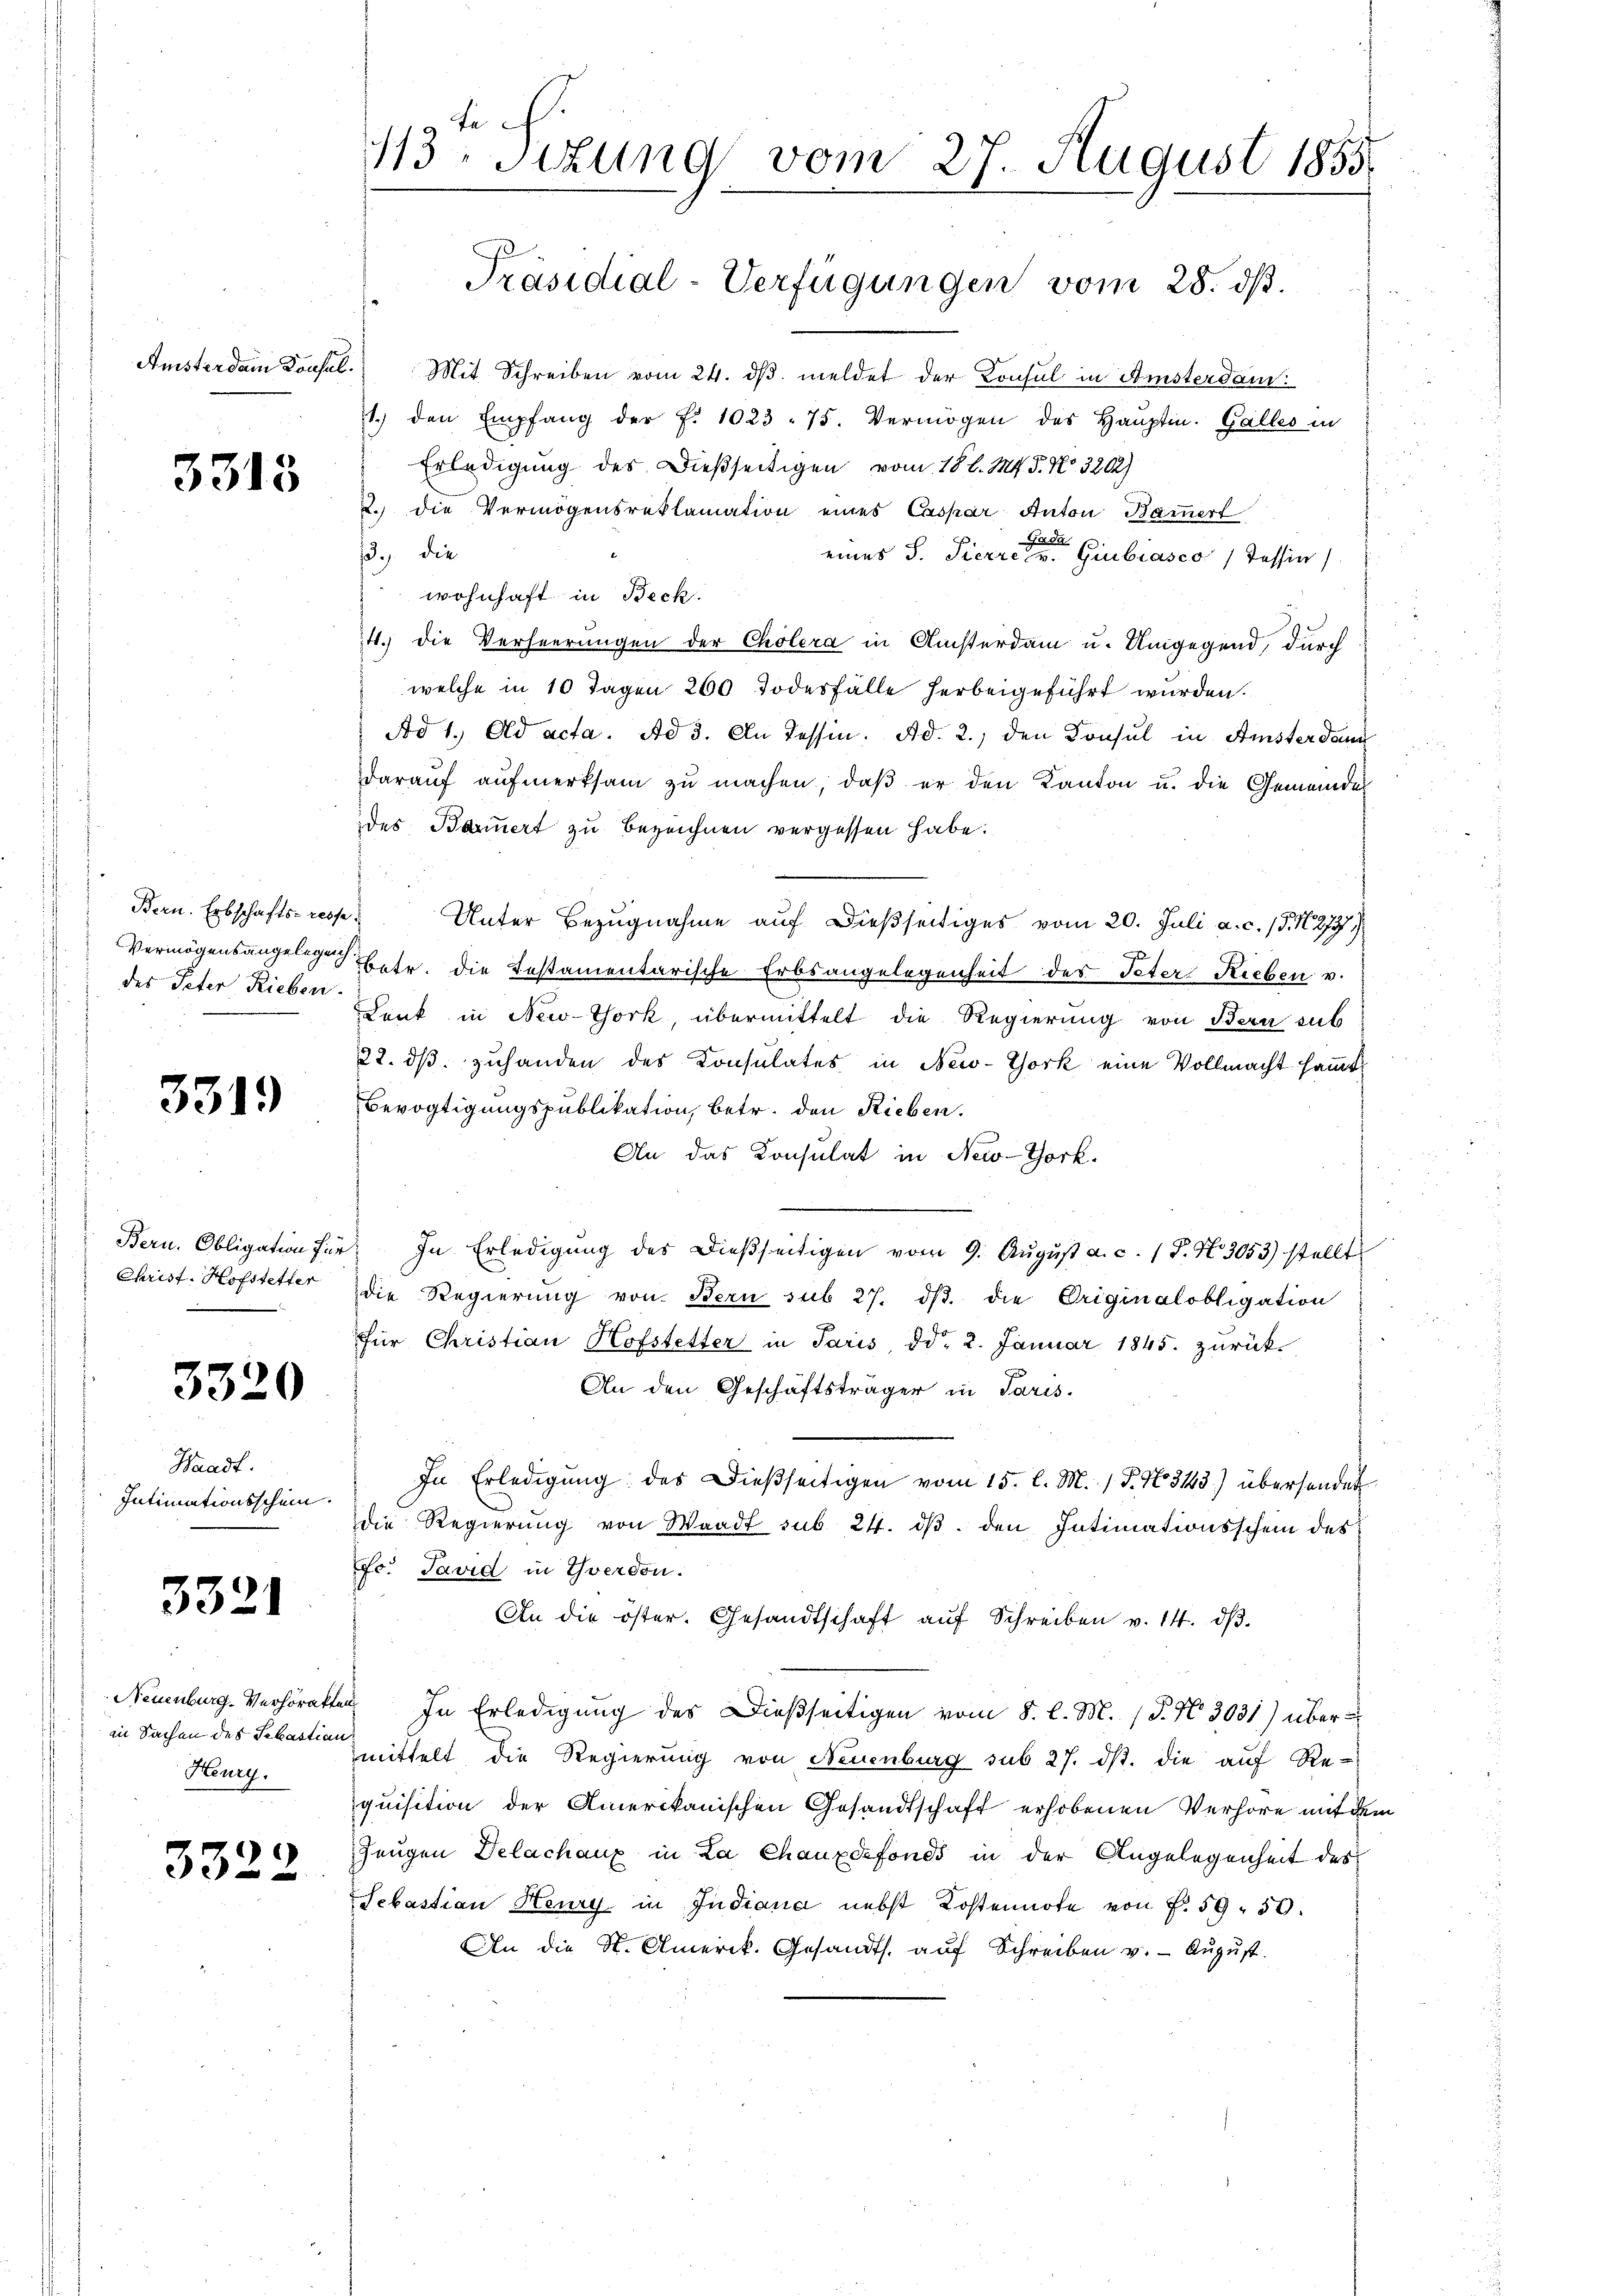
Amsterdam Konsul

3313

Bern. Erbschafts- resse
des Peter Rieben.

3319

Christ. Hofstetter

3320

Waadt.
Intimationsschein.

3321

Neuenburg. Verhörakte
in Sachen des Sebastian
Heury.

3322

d
13 sizung vom 27. August 1855.
Präsidial-Verfügungen vom 28. dß.

Mit Schreiben vom 24. dβ meldet der Konsul in Amsterdam:
1.) den Empfang der f. 1023 - 75. Vermögen des Haŭptm. Galles in
Erledigung des Dießseitigen vom 18 l. Mts. 5. No. 3202)
2. die Vermögensreklamation eines Caspar Anton Bammert
Gada
13., die
eines S. Tierre v. Giubiasco (Tessin
wohnhaft in Beck.
4.) Die Verheerungen der Cholera in Ansterdam u. Umgegend, durch
welche in 10 Tagen 260 Todesfälle herbeigeführt wurden.
Ad 1. Ad acta. Ad 3. An Tessin. Ad. 2., den Konsul in Amster dann
daraŭf aŭfmerksam zŭ machen, daβ er den Kanton u. die Gemeindes
des Bauert zu bezeichnen vergessen habe.
Unter Bezugnahme auf dießseitiges vom 20. Juli a. c. 15. N. 277)
Vermögensangel betr. die testamentarische Erbsangelegenheit des Peter Rieben v.
Dank in New-York, übermittelt die Regierung von Bern sub
22. dβ zuhanden des Consulates in New-York eine Vollmacht sammt
Bevogtigungspublikation, betr. den Rieben.
An das Consulat in New-York.
Bern. Obligation für: In Erledigŭng des dießseitigen vom 9. Aŭgŭst a. c. 1 S. N. 3053) stellt
die Regierŭng von Bern sub 27. dβ. die Originalobligation
für Christian Hofstetter in Paris, ddo 2. Januar 1845. zurück-
An den Geschäftsträger in Paris.
In Erledigŭng des Dießseitigen vom 15. l. M. / P. No 343.) übersendet
die Regierung von Waadt sub 24. ds. den Intimationsschein des
o. Javid in Yverdon.
An die öster. Gesandtschaft aŭf Schreiben v. 14. dβ.
e
 In Erledigung des Dießseitigen vom 8. l. M. (§. N. 3031) über
mittelt die Regierung von Neuenburg sub 27. dβ. die aŭf Re-
quisition der Amerikanischen Gesandtschaft erhobenen Verhöre mit dem
Zeugen Delachanz in La Chauxdefonds in der Angelegenheit des
Sebastian Heury, in Jndiana nebst Kostennote von P. 59. 50.
An die N. Amerik. Gesandts. aŭf Schreiben u. Aŭgŭst